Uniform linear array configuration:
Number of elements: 4
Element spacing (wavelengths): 0.75
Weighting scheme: blackman
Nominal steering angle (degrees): -60
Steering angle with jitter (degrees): -60.126
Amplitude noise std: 0.05
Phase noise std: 0.05

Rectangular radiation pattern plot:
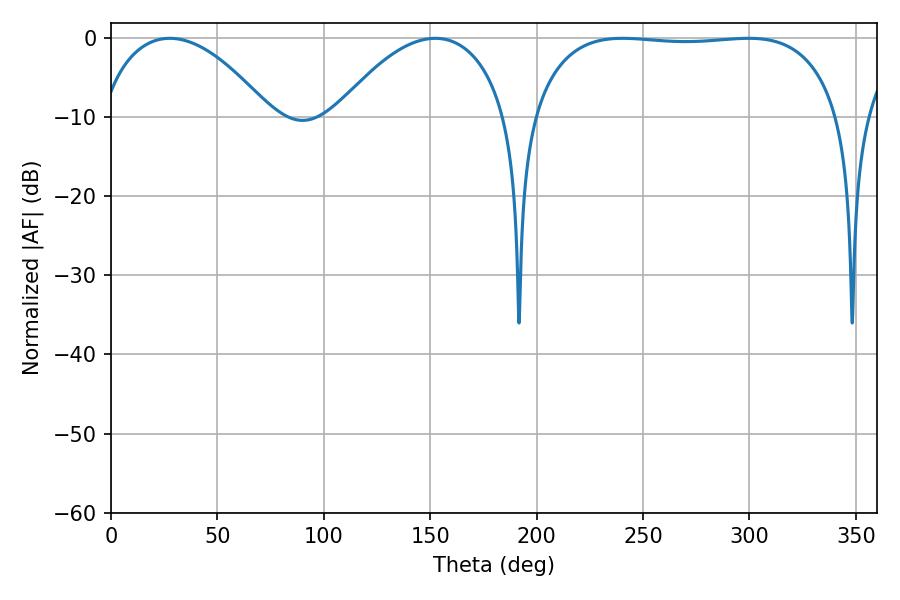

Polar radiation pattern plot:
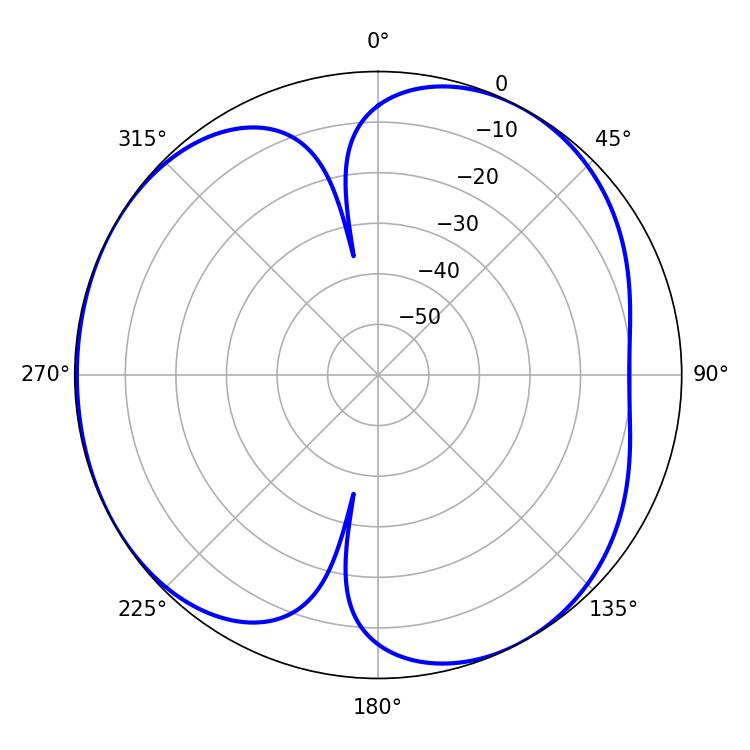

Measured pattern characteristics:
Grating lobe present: TRUE
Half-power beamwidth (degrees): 114.84
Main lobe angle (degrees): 240.48